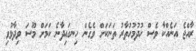
ރާއްޖެ އަނެއްކާ ވެސް ހުދުމުހުތާރު ތަނަކަށް ވެގެން ހިނގައިދާނެ ކަމަށް މޫސަ ވިދާޅުވި